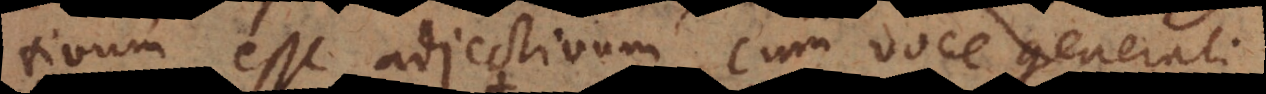
antivum esse adjectivum cum voce general